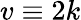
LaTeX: v\equiv 2k